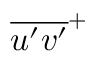
\overline { { u ^ { \prime } v ^ { \prime } } } ^ { + }